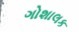
ગોશાલક